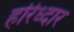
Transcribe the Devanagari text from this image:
हरिध्दार